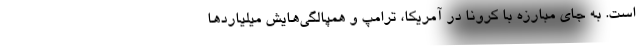
است. به جای مبارزه با کرونا در آمریکا، ترامپ و همپالگی‌هایش میلیاردها